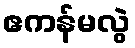
ဧကန်မလွဲ